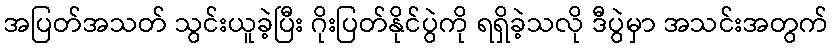
အပြတ်အသတ် သွင်းယူခဲ့ပြီး ဂိုးပြတ်နိုင်ပွဲကို ရရှိခဲ့သလို ဒီပွဲမှာ အသင်းအတွက်